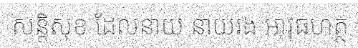
សន្តិសុខ ដែលនាយ នាយរង អាវុធហត្ថ